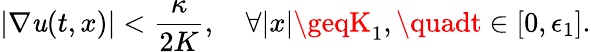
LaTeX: |\nabla\mathit{u}(t,x)|<\frac{{\kappa}}{{2K}},\quad\forall|x|\geqK_{1},\quadt\in[0,\epsilon_{1}].